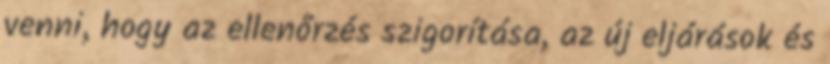
venni, hogy az ellenőrzés szigorítása, az új eljárások és